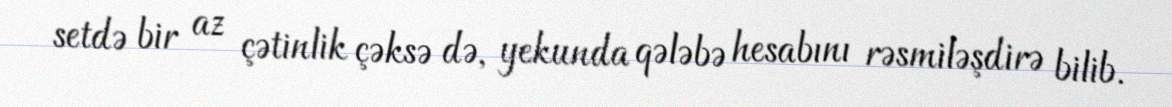
setdə bir az çətinlik çəksə də, yekunda qələbə hesabını rəsmiləşdirə bilib.